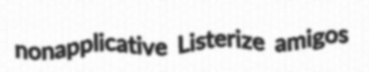
nonapplicative Listerize amigos